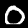
Digit: 0